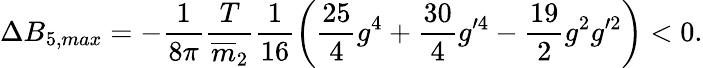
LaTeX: \Delta B_{5,max}=-\frac{1}{8\pi}\frac{T}{\overline{{{m}}}_{2}}\frac{1}{16}\left(\frac{25}{4}g^{4}+\frac{30}{4}g^{\prime 4}-\frac{19}{2}g^{2}g^{\prime 2}\right)<0.